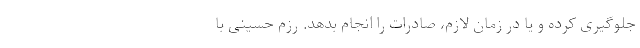
جلوگیری کرده و یا در زمان لازم، صادرات را انجام بدهد. رزم حسینی با